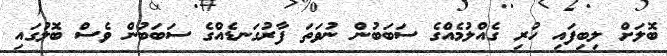
ބޮލަށް ލިބިފައި ހުރި ގެއްލުމެއްގެ ސަބަބުން ނުވަތަ ފާރުގަނޑެއްގެ ސަބަބުން ވެސް ބޮލުގައި